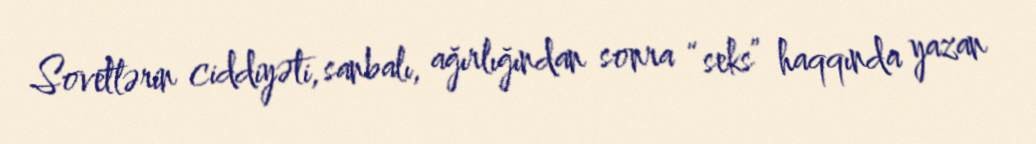
Sovetlərin ciddiyəti, sanbalı, ağırlığından sonra “seks” haqqında yazan